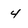
Character: 4